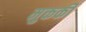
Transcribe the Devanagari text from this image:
मुक्तकी